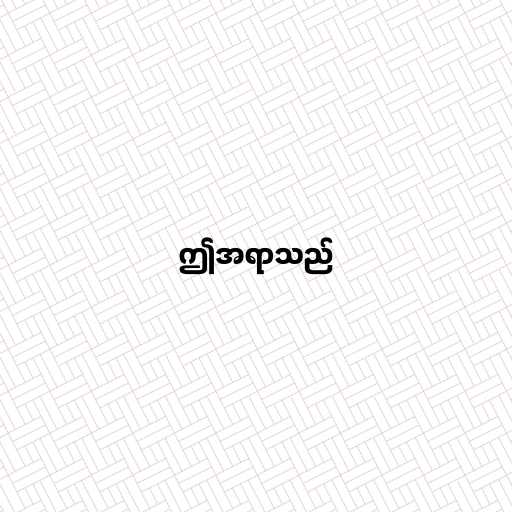
ဤအရာသည်